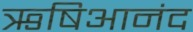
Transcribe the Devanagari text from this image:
ऋषिआनंद